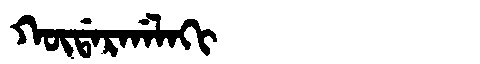
Manchu: ᡴᡡᡩᠠᡵᡤᠠᠯᠠᡴᡳ
Romanization: KŪDARGALAKI